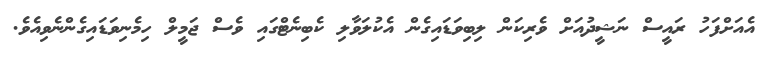
އެއަށްފަހު ރައީސް ނަޝީދުއަށް ވެރިކަން ލިބިވަޑައިގެން އެކުލަވާލި ކެބިނެޓްގައި ވެސް ޖަމީލް ހިމެނިވަޑައިގެންނެވިއެވެ.